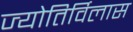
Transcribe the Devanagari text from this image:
ज्योतिर्विलास